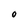
Character: O